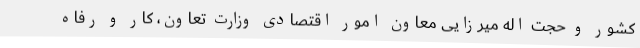
کشور و حجت اله میرزایی معاون امور اقتصادی وزارت تعاون، کار و رفاه